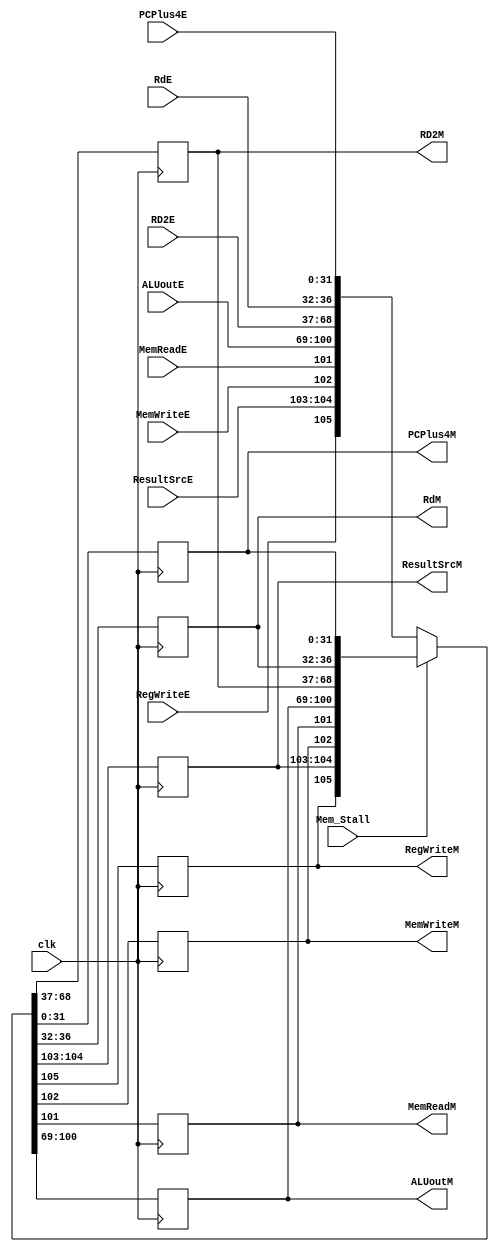
module ff_E2M (clk, RegWriteE, ResultSrcE, MemWriteE, MemReadE, ALUoutE, RD2E, RdE, PCPlus4E,
                    RegWriteM, ResultSrcM, MemWriteM, MemReadM, ALUoutM, RD2M, RdM, PCPlus4M, Mem_Stall);
    //Input and OUtput Declaration
    input clk, RegWriteE, MemWriteE, MemReadE, Mem_Stall;
    input [31:0] ALUoutE, RD2E, PCPlus4E;
    input [4:0] RdE;
    input [1:0] ResultSrcE;
    output reg RegWriteM, MemWriteM, MemReadM;
    output reg [31:0] ALUoutM, RD2M, PCPlus4M;
    output reg [4:0] RdM;
    output reg [1:0] ResultSrcM;

    //Code
    always @(posedge clk) begin
        if (Mem_Stall == 1'b1) begin
            {RegWriteM, ResultSrcM, MemWriteM, MemReadM, ALUoutM, RD2M, RdM, PCPlus4M} <=
            {RegWriteM, ResultSrcM, MemWriteM, MemReadM, ALUoutM, RD2M, RdM, PCPlus4M};
        end
        else begin
            {RegWriteM, ResultSrcM, MemWriteM, MemReadM, ALUoutM, RD2M, RdM, PCPlus4M} <=
            {RegWriteE, ResultSrcE, MemWriteE, MemReadE, ALUoutE, RD2E, RdE, PCPlus4E};
        end
    end
endmodule